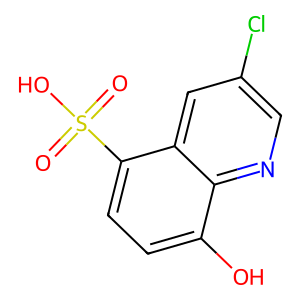
SMILES: O=S(=O)(O)c1ccc(O)c2ncc(Cl)cc12
Inhibits HIV replication: No